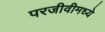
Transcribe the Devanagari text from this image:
परजीवीमध्ये